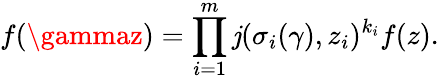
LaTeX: f(\gammaz)=\prod_{i=1}^{m}\mathit{j}(\sigma_{i}(\gamma),z_{i})^{k_{i}}f(z).